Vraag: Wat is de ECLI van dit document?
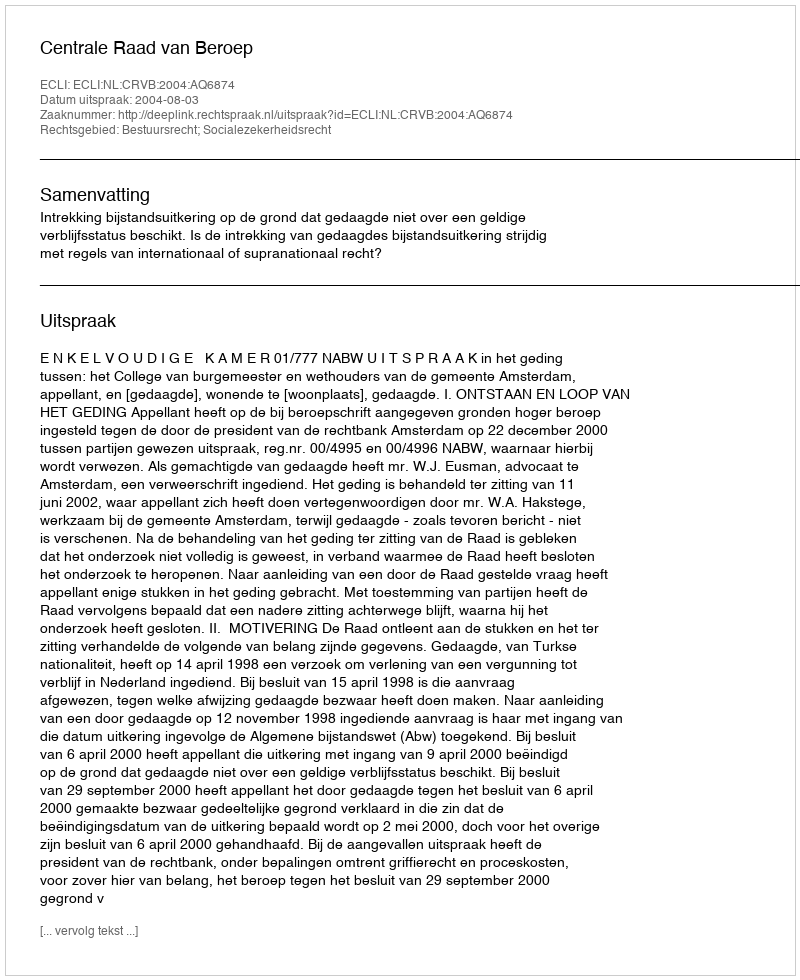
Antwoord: ECLI:NL:CRVB:2004:AQ6874